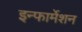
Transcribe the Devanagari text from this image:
इन्‍फार्मेशन